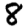
Digit: 8